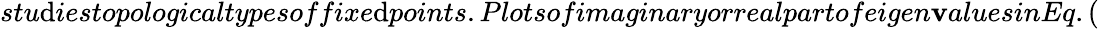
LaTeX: stu\mathrm{d}iestopologicaltypesoffixe\mathrm{d}points.Plotsofimaginaryorrealpartofeigen\mathbf{v}aluesinEq.(